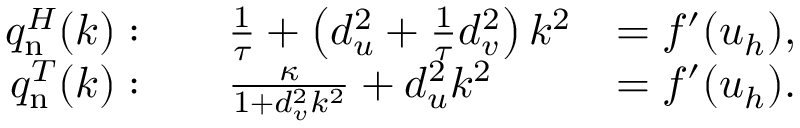
{ \begin{array} { r l r } { q _ { \mathrm { n } } ^ { H } ( k ) : } & { \quad { \frac { 1 } { \tau } } + \left( d _ { u } ^ { 2 } + { \frac { 1 } { \tau } } d _ { v } ^ { 2 } \right) k ^ { 2 } } & { = f ^ { \prime } ( u _ { h } ) , } \\ { q _ { \mathrm { n } } ^ { T } ( k ) : } & { \quad { \frac { \kappa } { 1 + d _ { v } ^ { 2 } k ^ { 2 } } } + d _ { u } ^ { 2 } k ^ { 2 } } & { = f ^ { \prime } ( u _ { h } ) . } \end{array} }